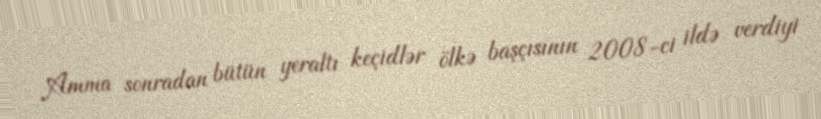
Amma sonradan bütün yeraltı keçidlər ölkə başçısının 2008-ci ildə verdiyi